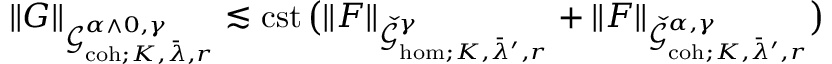
\| G \| _ { \mathcal { G } _ { \mathrm { c o h } ; K , \bar { \lambda } , r } ^ { \alpha \wedge 0 , \gamma } } \lesssim \mathrm { c s t } \, \big ( \| F \| _ { \check { \mathcal { G } } _ { \mathrm { h o m } ; K , \bar { \lambda } ^ { \prime } , r } ^ { \gamma } } + \| F \| _ { \check { \mathcal { G } } _ { \mathrm { c o h } ; K , \bar { \lambda } ^ { \prime } , r } ^ { \alpha , \gamma } } \big )